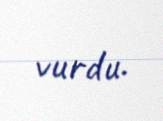
vurdu.